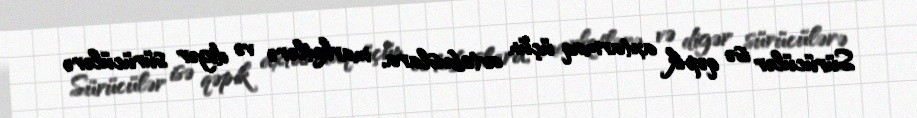
Sürücülər isə qəpik axtarmaq üçün avtobuslara, marketlərə və digər sürücülərə